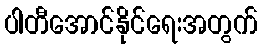
ပါတီအောင်နိုင်ရေးအတွက်